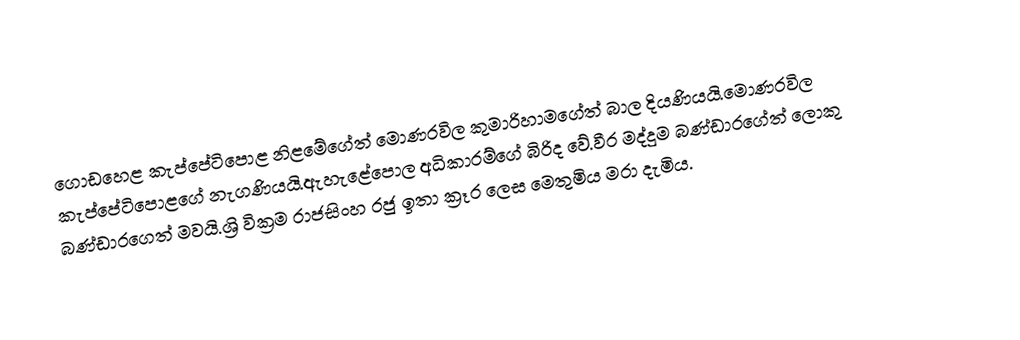
ගොඩහෙළ කැප්පේටිපොළ නිළමේගේත් මොණරවිල කුමාරිහාමගේත් බාල දියණියයි.මොණරවිල කැප්පේටිපොළගේ නැගණියයි.ඇහැළේපොල අධිකාරම්ගේ බිරිද වේ.වීර මද්දුම බණ්ඩාරගේත් ලොකු බණ්ඩාරගෙත් මවයි.ශ්‍රි වික්‍රම රාජසිංහ රජු ඉතා ක්‍රෑර ලෙස මෙතුමිය මරා දැමිය.